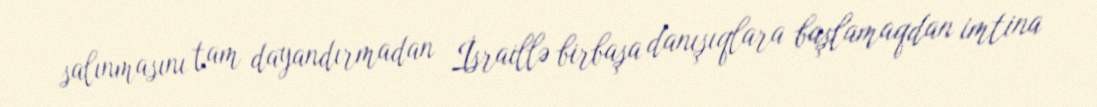
salınmasını tam dayandırmadan İsraillə birbaşa danışıqlara başlamaqdan imtina